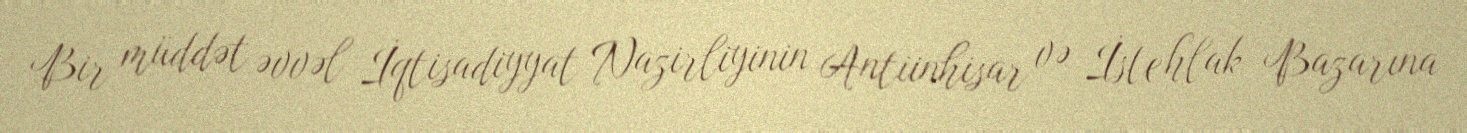
Bir müddət əvvəl İqtisadiyyat Nazirliyinin Antiinhisar və İstehlak Bazarına